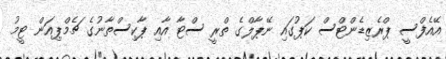
އޭއެފްސީ ޕްރެޒިޑެންޓްސް ކަޕުގައި ނޭޕާލްގެ ތްރީ ސްޓާ އާއި ޕާކިސްތާނުގެ ޗެމްޕިއަން ޓީމު